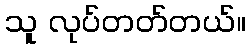
သူ လုပ်တတ်တယ်။